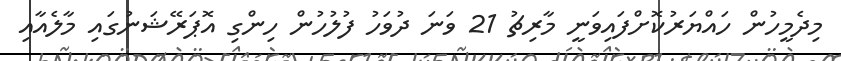
މިދެމީހުން ހައްޔަރުކޮށްފައިވަނީ މާރިޗު 21 ވަނަ ދުވަހު ފުލުހުން ހިންގި އޮޕަރޭޝަނުގައި މާލެއާއި